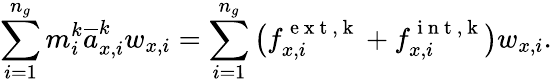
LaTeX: \sum_{i=1}^{n_{g}}m_{i}^{k}\overline{{a}}_{x,i}^{k}w_{x,i}=\sum_{i=1}^{n_{g}}\big(f_{x,i}^{\mathrm{~e~x~t~,~k~}}+f_{x,i}^{\mathrm{~i~n~t~,~k~}}\big)w_{x,i}.